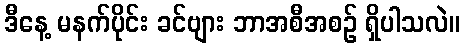
ဒီနေ့ မနက်ပိုင်း ခင်ဗျား ဘာအစီအစဉ် ရှိပါသလဲ။